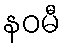
နဝမီ